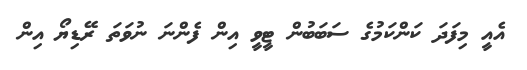
އެއީ މިފަދަ ކަންކަމުގެ ސަބަބުން ޓީވީ އިން ފެންނަ ނުވަތަ ރޭޑިޔޯ އިން